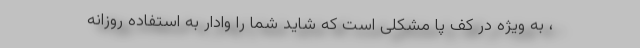
، به ویژه در کف پا مشکلی است که شاید شما را وادار به استفاده روزانه